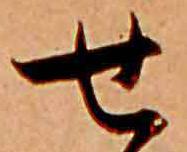
せ